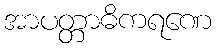
အာပတ္တာဓိကရဏေ